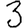
Digit: 3